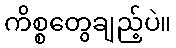
ကိစ္စတွေချည့်ပဲ။